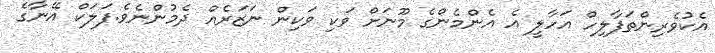
އެކުވެރިންތަފާލިހް އަހާލީ އެ އެންމެންގެ މޫނަށް ވަކި ވަކިން ނަޒަރެއް ދެމުންނެވެ.ފަލަކް އޭނާގެ